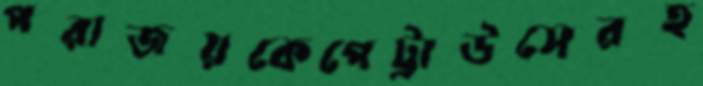
পরাজয়কেপেট্রাউসেরহ